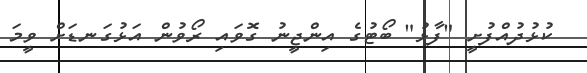
ކުޅުދުއްފުށީ "ފާޅު" ބޯޓުގެ އިންޖީނު ގޮވައި ރޯވުން އަޅުގަނޑަށް ވީމަ